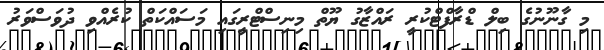
މި ގާނޫނުގެ ބިލް ޑްރާފްޓްކުރީ ރައްޒާގު ޔޫތް މިނިސްޓްރީގައި މަސައްކަތް ކުރެއްވި ދުވަސްވަރު